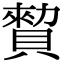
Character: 𧷖